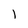
Character: l